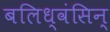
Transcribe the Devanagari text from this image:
बलिध्वंसिन्